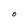
Character: O